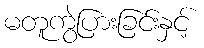
မတူကွဲပြားခြင်းနှင့်